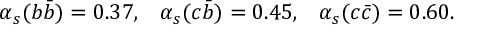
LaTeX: \alpha _ { s } ( b \bar { b } ) = 0 . 3 7 , \; \; \; \alpha _ { s } ( c \bar { b } ) = 0 . 4 5 , \; \; \; \alpha _ { s } ( c \bar { c } ) = 0 . 6 0 . \; \; \;